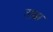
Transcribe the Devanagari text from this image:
ताछर